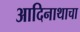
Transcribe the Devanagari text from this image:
आदिनाथाचा